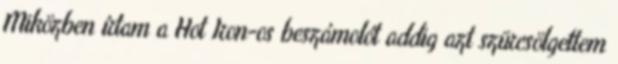
Miközben írtam a Hot Iron-os beszámolót addig azt szürcsölgettem